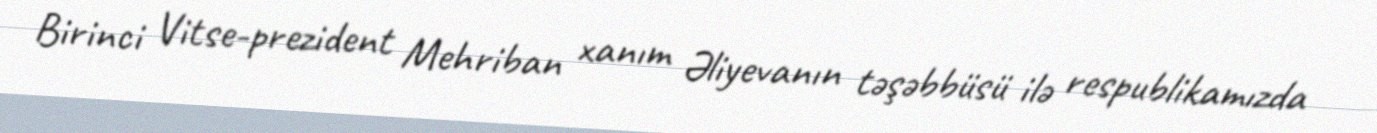
Birinci Vitse-prezident Mehriban xanım Əliyevanın təşəbbüsü ilə respublikamızda